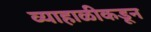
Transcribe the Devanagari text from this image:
व्याहाळीकडून